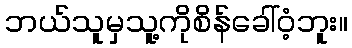
ဘယ်သူမှသူ့ကိုစိန်ခေါ်ဝံ့ဘူး။